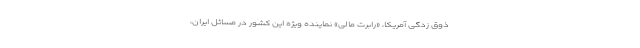
ذوق زدگی آمریکا، «رابرت مالی» نماینده ویژه این کشور در مسائل ایران،